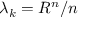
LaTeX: \lambda _ { k } = R ^ { n } / n